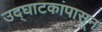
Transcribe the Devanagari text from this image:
उद्‌घाटकांपासून